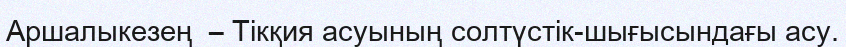
Аршалыкезең  – Тікқия асуының солтүстік-шығысындағы асу.